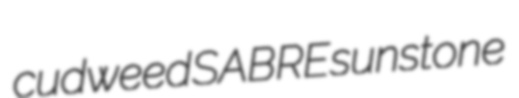
cudweed SABRE sunstone